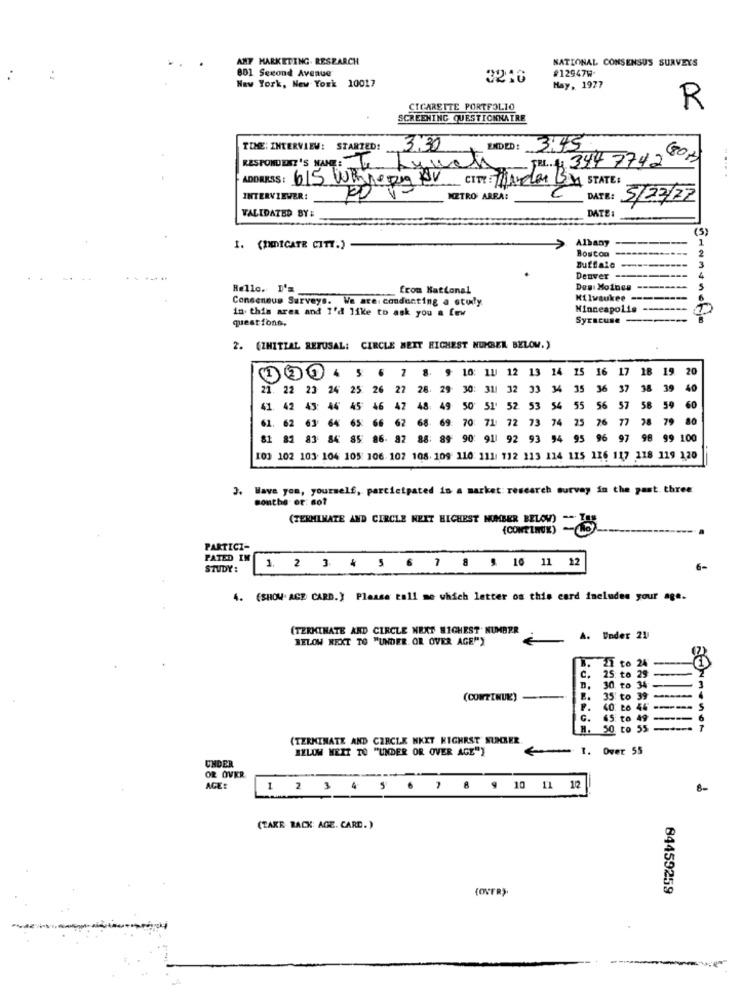
AMF MARKETING. RESEARCH
NATIONAL CONSENSUS SURVEYS
801 Second Avenue
#12947W
New York, New York 10017
3216
Hay, 1977
CIGARETTE PORTFOLIO
R
SCREENING QUESTIONNAIRE
TIME: INTERVIEW: STARTED!
3.30
ENDED: 3:45
RESPONDENT'S NAME :
TEL.+ 344 7742
(80 #)
- Lynets
ADDRESS: 615 Whileprov CITY: MALMS STATE:
INTERVIEWER:
METRO AREA:
DATE:
5/22/22
VALIDATED BY :
DATE :
(5)
Albany
--
1
1. (INDICATE CITY.)
Boston
------
2
Denver
Hello.I'm
from National
Des Moines -------
Consensus Surveys. We are. conducting a stuly
Kilwaukee --------
in this area and I'd like to ask you a few
Minneapolis -----
questions.
Syracuse --
2. (ZHITZAL REFUSAL: CIRCLE WEIT HIGHEST NUMBER BELOW.)
5
12
13
14 25
16
17 18 19 20
21.
22 23 24
25
26
27
28. 29
30: 31/ 32 33 34 35 36
37
38 39
40
46
45
46
47
48: 49-
50
51' 52 53 54 55 56
56
57
58
59 60
61. 62
11
64
65
66
62
68-
69
70
71
73
74
25
76
77
28
79 80
81 81
83
84
96
89
90: 911 92
93
94
95
96 97
98 99 100
101 102 103. 104 105 106 102 108. 109 110: 111 112 113 114 115 116 117 118 119 120
3. Have you, yourself, participated in a market research survay in the past. three
southe- or: 8of
(TERMINATE AND CIRCLE NEIT HIGHEST NUMBER BELOW) =ISS
(CONTINUX)
PARTICI-
PATED IM
STUDY:
1. 2 3 4 5 6 7 8 9 10 11 12
6-
4. (SHOW. AGE CARD.) Please call me which letter on this card includes your age.
(TERMINATE AND CIRCLE NEXT HIGHEST NUMBER
BELOW NEXT TO "UNDER OR OVER AGE"Y
A. Under 21
21 to
25
30. to 3
(CONTINUE)
35 to 3
39
-
65 to
H. 50 to 55
(TERMINATE AND CIRCLE NKKT HIGHEST SUKKER
BELOW MEET TO "UNDER OR OVER AGE"}
1. Over 55
UNDER
OR OVER
ACE:
1 2 3 4 5 6 7 8 9 10 11 12
8-
(TAKE BACK: AGE. CARD.)
(OVER).
84459259